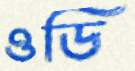
ওডি